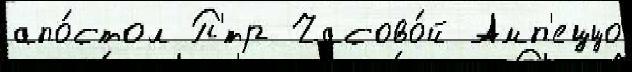
апо́стол П'́тр Часово́й Амп'еццо